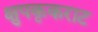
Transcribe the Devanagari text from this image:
क्षुपकृकराट